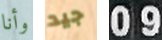
وأنا جيد 09